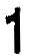
1